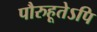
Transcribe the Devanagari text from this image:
पौरुहूतेऽपि